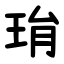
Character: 㻆